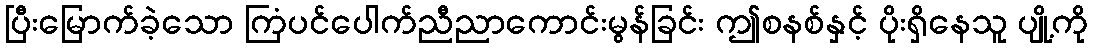
ပြီးမြောက်ခဲ့သော ကြံပင်ပေါက်ညီညာကောင်းမွန်ခြင်း ဤစနစ်နှင့် ပိုးရှိနေသူ ပျို့ကို